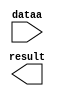
// megafunction wizard: %LPM_MULT%VBB%
// GENERATION: STANDARD
// VERSION: WM1.0
// MODULE: lpm_mult 

// ============================================================
// Megafunction Name(s):
// 			lpm_mult
//
// Simulation Library Files(s):
// 			lpm
// ============================================================
// ************************************************************
// THIS IS A WIZARD-GENERATED FILE. DO NOT EDIT THIS FILE!
//
// 11.0 Build 208 07/03/2011 SP 1 SJ Full Version
// ************************************************************

//Copyright (C) 1991-2011 Altera Corporation
//Your use of Altera Corporation's design tools, logic functions 
//and other software and tools, and its AMPP partner logic 
//functions, and any output files from any of the foregoing 
//(including device programming or simulation files), and any 
//associated documentation or information are expressly subject 
//to the terms and conditions of the Altera Program License 
//Subscription Agreement, Altera MegaCore Function License 
//Agreement, or other applicable license agreement, including, 
//without limitation, that your use is for the sole purpose of 
//programming logic devices manufactured by Altera and sold by 
//Altera or its authorized distributors.  Please refer to the 
//applicable agreement for further details.

module Mult_16 (
	dataa,
	result);

	input	[15:0]  dataa;
	output	[24:0]  result;

endmodule

// ============================================================
// CNX file retrieval info
// ============================================================
// Retrieval info: PRIVATE: AutoSizeResult NUMERIC "1"
// Retrieval info: PRIVATE: B_isConstant NUMERIC "1"
// Retrieval info: PRIVATE: ConstantB NUMERIC "340"
// Retrieval info: PRIVATE: INTENDED_DEVICE_FAMILY STRING "Cyclone IV E"
// Retrieval info: PRIVATE: LPM_PIPELINE NUMERIC "0"
// Retrieval info: PRIVATE: Latency NUMERIC "0"
// Retrieval info: PRIVATE: SYNTH_WRAPPER_GEN_POSTFIX STRING "1"
// Retrieval info: PRIVATE: SignedMult NUMERIC "0"
// Retrieval info: PRIVATE: USE_MULT NUMERIC "1"
// Retrieval info: PRIVATE: ValidConstant NUMERIC "1"
// Retrieval info: PRIVATE: WidthA NUMERIC "16"
// Retrieval info: PRIVATE: WidthB NUMERIC "9"
// Retrieval info: PRIVATE: WidthP NUMERIC "25"
// Retrieval info: PRIVATE: aclr NUMERIC "0"
// Retrieval info: PRIVATE: clken NUMERIC "0"
// Retrieval info: PRIVATE: new_diagram STRING "1"
// Retrieval info: PRIVATE: optimize NUMERIC "0"
// Retrieval info: LIBRARY: lpm lpm.lpm_components.all
// Retrieval info: CONSTANT: LPM_HINT STRING "INPUT_B_IS_CONSTANT=YES,DEDICATED_MULTIPLIER_CIRCUITRY=YES,MAXIMIZE_SPEED=5"
// Retrieval info: CONSTANT: LPM_REPRESENTATION STRING "UNSIGNED"
// Retrieval info: CONSTANT: LPM_TYPE STRING "LPM_MULT"
// Retrieval info: CONSTANT: LPM_WIDTHA NUMERIC "16"
// Retrieval info: CONSTANT: LPM_WIDTHB NUMERIC "9"
// Retrieval info: CONSTANT: LPM_WIDTHP NUMERIC "25"
// Retrieval info: USED_PORT: dataa 0 0 16 0 INPUT NODEFVAL "dataa[15..0]"
// Retrieval info: USED_PORT: result 0 0 25 0 OUTPUT NODEFVAL "result[24..0]"
// Retrieval info: CONNECT: @dataa 0 0 16 0 dataa 0 0 16 0
// Retrieval info: CONNECT: @datab 0 0 9 0 340 0 0 9 0
// Retrieval info: CONNECT: result 0 0 25 0 @result 0 0 25 0
// Retrieval info: GEN_FILE: TYPE_NORMAL Mult_16.v TRUE
// Retrieval info: GEN_FILE: TYPE_NORMAL Mult_16.inc FALSE
// Retrieval info: GEN_FILE: TYPE_NORMAL Mult_16.cmp FALSE
// Retrieval info: GEN_FILE: TYPE_NORMAL Mult_16.bsf FALSE
// Retrieval info: GEN_FILE: TYPE_NORMAL Mult_16_inst.v TRUE
// Retrieval info: GEN_FILE: TYPE_NORMAL Mult_16_bb.v TRUE
// Retrieval info: GEN_FILE: TYPE_NORMAL Mult_16_syn.v TRUE
// Retrieval info: LIB_FILE: lpm